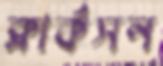
ক্লার্কসন